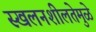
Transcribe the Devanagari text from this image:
स्खलनशीलतेमुळे